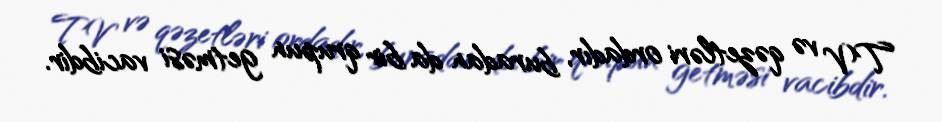
TV və qəzetləri ordadır, buradan da bir qrupun getməsi vacibdir.